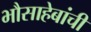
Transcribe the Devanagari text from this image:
भौसाहेबांची